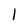
Character: l